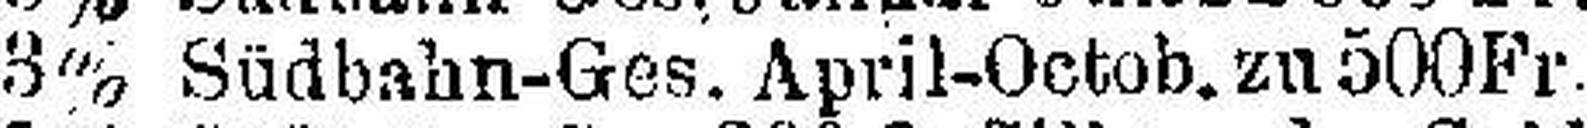
3% Südbahn-Ges. April-Octob. zu 500 Fr.